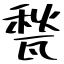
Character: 甃